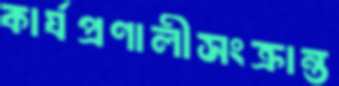
কার্যপ্রণালীসংক্রান্ত